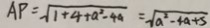
A P = \sqrt { 1 + 4 + a ^ { 2 } - 4 a } = \sqrt { a ^ { 2 } - 4 a + 5 }